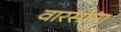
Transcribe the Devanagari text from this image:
वारसाना